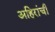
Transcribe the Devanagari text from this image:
अहिरांची